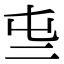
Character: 𠄤